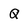
Character: Q